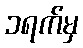
၁ရက်မှ